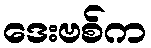
ဒေးဗစ်က